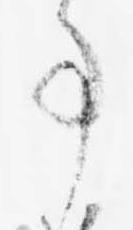
事